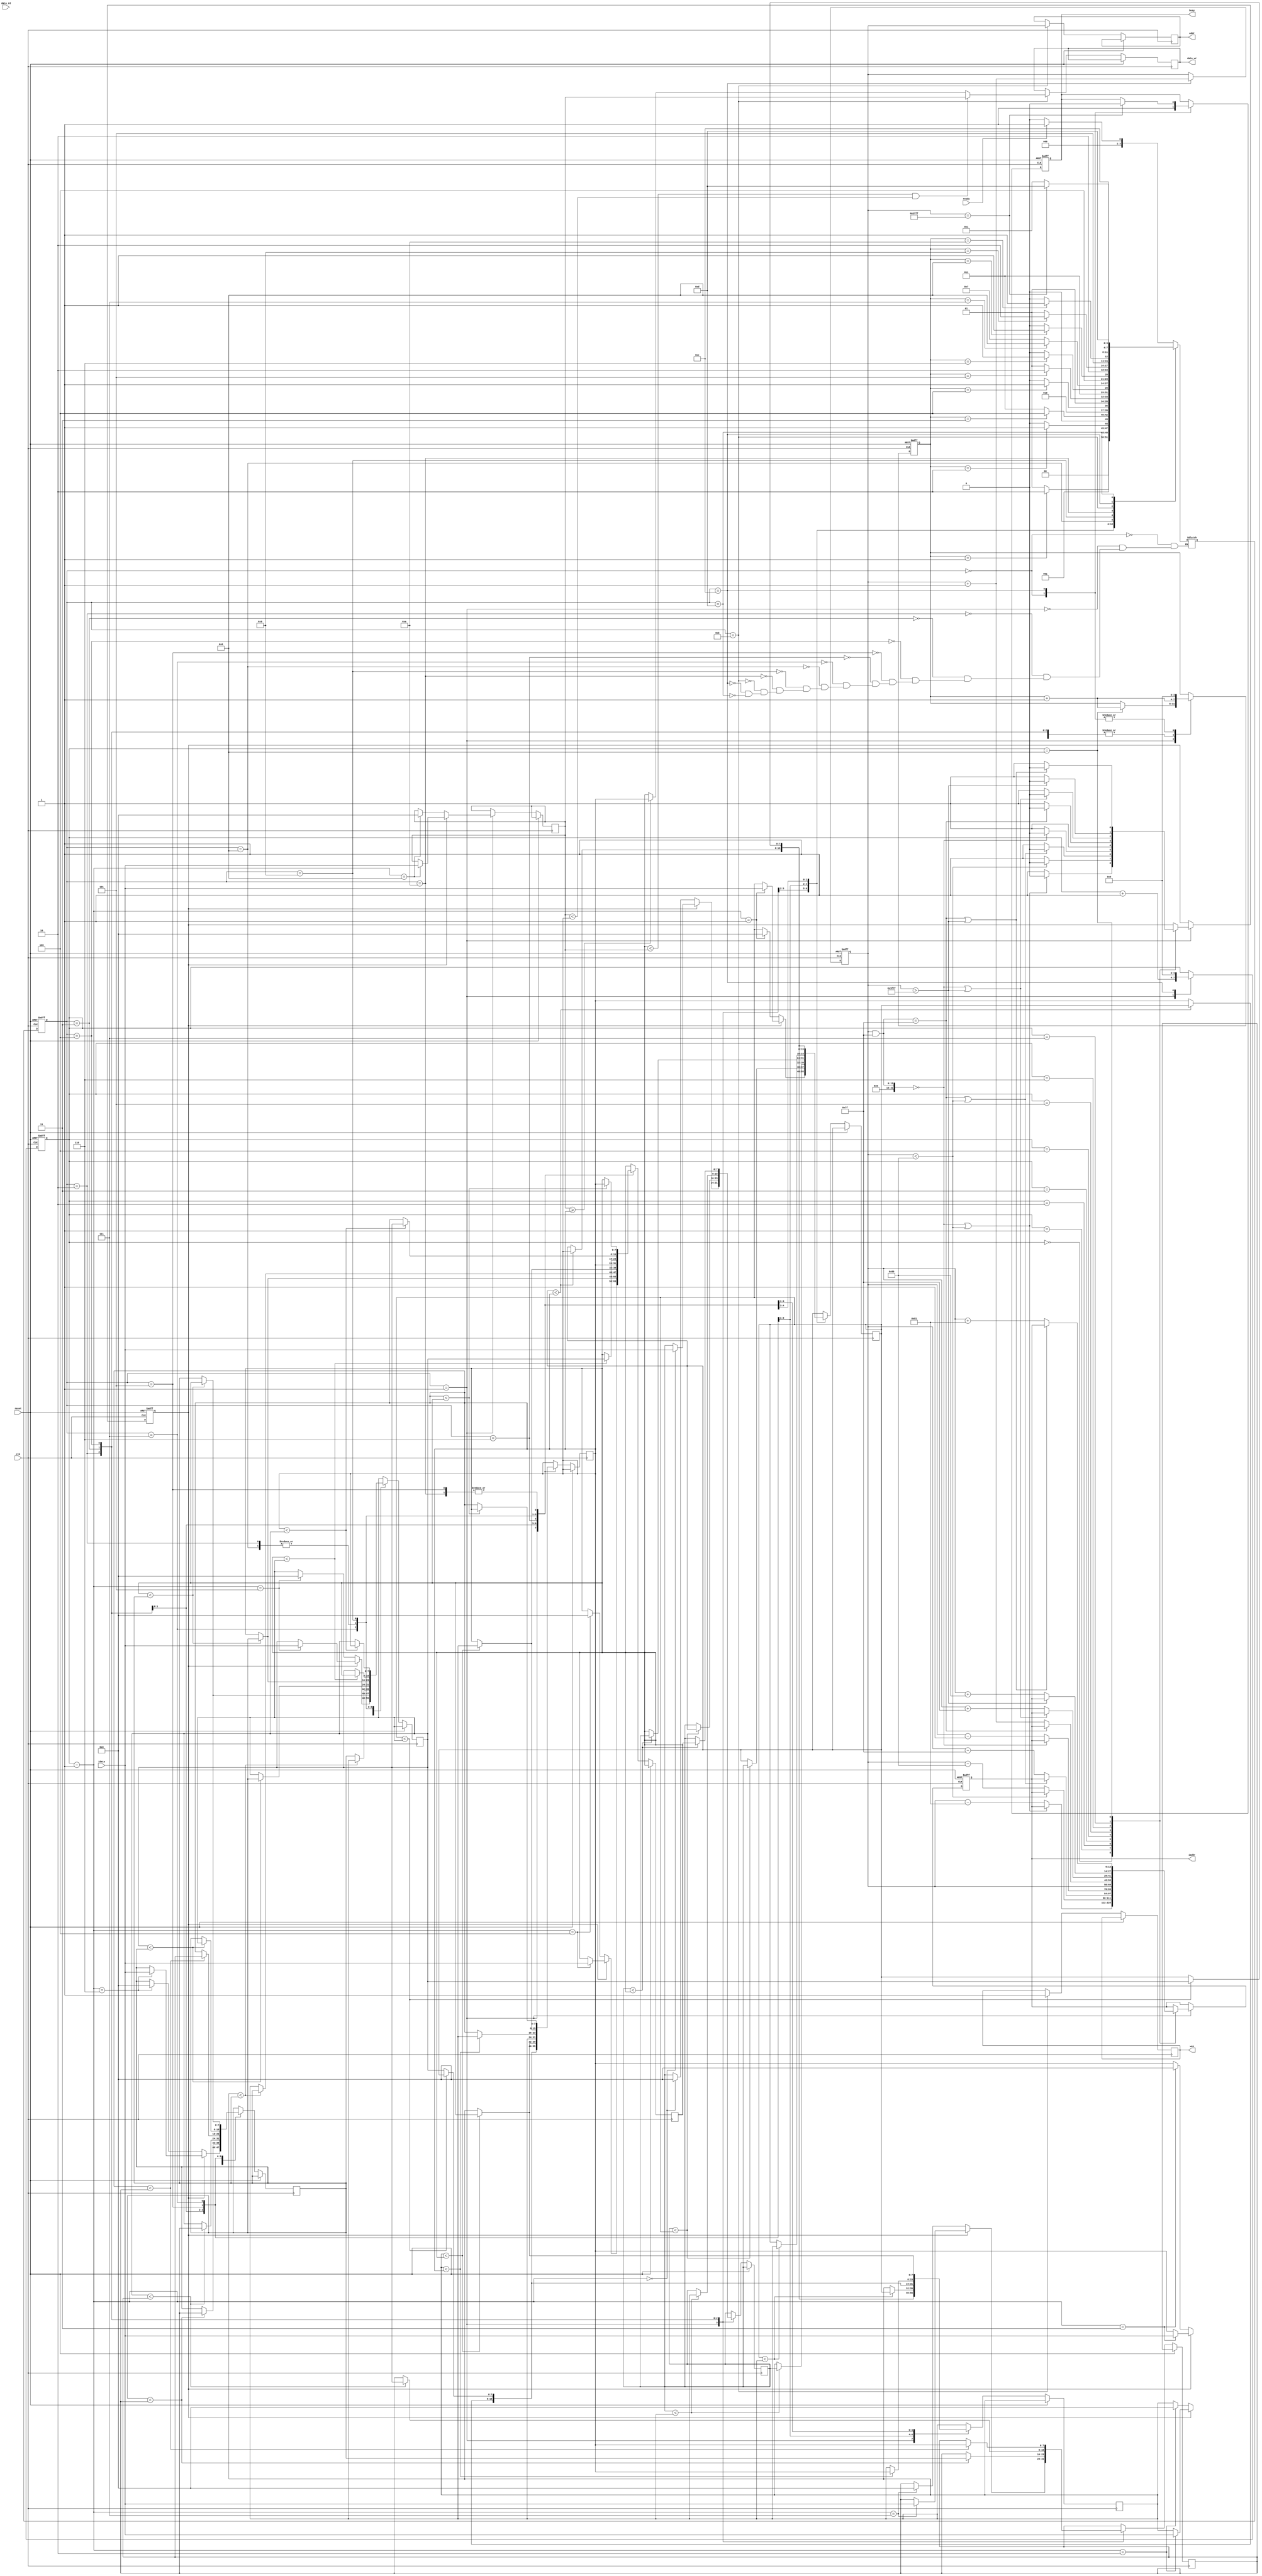
`timescale 1ns/10ps

module MFE(clk,reset,busy,ready,iaddr,idata,data_rd,data_wr,addr,wen);
	input				clk;
	input				reset;
	output				busy;	
	input				ready;
	output	[13:0]		iaddr;
	input	[7:0]		idata;	
	input	[7:0]		data_rd;
	output	[7:0]		data_wr;
	output	[13:0]		addr;
	output				wen;

	/* COM_REG_LOAD step FSM */
	parameter [3:0] IDLE			=	4'b0000,
					COM_REG_LOAD 	= 	4'b0001,
					COMPARE_1 		=   4'b0010,
					COMPARE_2		= 	4'b0011,
					COMPARE_3 		=   4'b0100,
					COMPARE_4 		= 	4'b0101,
					COMPARE_5 		= 	4'b0110,
					COMPARE_6 		= 	4'b0111,
					COMPARE_7 		=   4'b1000,
					COMPARE_8 		= 	4'b1001,
					COMPARE_9 		= 	4'b1010,
					OUTPUT 			= 	4'b1011,
					OUTPUT_OVER 	=   4'b1100,
					VALID 			= 	4'b1101;

	/* TB declared reg */
	reg 				busy;
	reg 	[13:0] 		iaddr;
	reg 	[7:0] 		data_wr;
	reg 	[13:0] 		addr;
	reg 				wen;
	/* Self declared reg */
	reg		[3:0]		current_state, next_state, state_counter;// Use to FSM
	reg 	[13:0]		counter; // Use to counter # of operation 
	reg 	[3:0] 		position_counter; // Use to count direction want to read 
	reg 				next_set; //Use to notify next clk should set value
	reg 	[7:0]		com_reg [8:0]; // Use to compare logic

	always@(*)begin
		case(current_state)
			IDLE:begin
				if(ready)
					next_state = COM_REG_LOAD;
				else 
					next_state = IDLE;
			end

			COM_REG_LOAD:
			begin
				if(state_counter == 1)
					next_state = COMPARE_1;
				else 
					next_state = COM_REG_LOAD;
			end
			
			COMPARE_1:
			begin
				if(state_counter == 2)
					next_state = COMPARE_2;
				else 
					next_state = COMPARE_1;
			end
			
			COMPARE_2:
			begin
				if(state_counter == 3)
					next_state = COMPARE_3;
				else 
					next_state = COMPARE_2;				
			end
			
			COMPARE_3:
			begin
				if(state_counter == 4)
					next_state = COMPARE_4;
				else 
					next_state = COMPARE_3;
			end
			
			COMPARE_4:
			begin
				if(state_counter == 5)
					next_state = COMPARE_5;
				else 
					next_state = COMPARE_4;
			end

			COMPARE_5:
			begin
				if(state_counter == 6)
					next_state = COMPARE_6;
				else 
					next_state = COMPARE_5;
			end
			
			COMPARE_6:
			begin
				if(state_counter == 7)
					next_state = COMPARE_7;
				else 
					next_state = COMPARE_6;
			end
			
			COMPARE_7:
			begin
				if(state_counter == 8)
					next_state = COMPARE_8;
				else 
					next_state = COMPARE_7;				
			end
			
			COMPARE_8:
			begin
				if(state_counter == 9)
					next_state = COMPARE_9;
				else 
					next_state = COMPARE_8;
			end

			COMPARE_9:
			begin
				if(state_counter == 10)
					next_state = OUTPUT;
				else 
					next_state = COMPARE_9;
			end
			
			OUTPUT: next_state = OUTPUT_OVER;

			OUTPUT_OVER:
			begin
				if(counter == 16383)
					next_state = VALID;
				else 
					next_state = COM_REG_LOAD;
			end

			VALID: next_state = VALID;

		endcase
	end

	always @(posedge clk or posedge reset) begin : state_machine
		if(reset) 
		begin
			 current_state <= IDLE;
			 state_counter <= 0;
			 counter <= 0;
			 busy <= 0;
			 iaddr <= 0;
			 next_set <= 0;
			 position_counter <= 0;
		end 
		else 
		begin
			 current_state <= next_state;

			 case(current_state)
			 	IDLE: 
			 	begin
			 		busy <= 1'b1;
			 		state_counter <= 0;
			 	end

				COM_REG_LOAD:
				begin
					if(next_set)
						com_reg[position_counter-1] <= idata;
					else
						com_reg[position_counter-1] <= 1'b0;

					case(position_counter)
						0:
						begin
							// Check 0 position's border
							if((counter&14'b00000001111111)==0 || (counter<128))
								next_set <= 1'b0;
							else
							begin
								iaddr <= counter-14'b00000010000001;	
								next_set <= 1'b1;
							end		
						end
				
						1:
						begin
							// Check 1 position's border
							if(counter<128)
								next_set <= 1'b0;
							else
							begin
								iaddr <= counter-14'b00000010000000;
								next_set <= 1'b1;
							end				
						end

						2:
						begin
							// Check 2 position's border
							if((counter&14'b00000001111111)==127 || (counter<128))
								next_set <= 1'b0;
							else 
							begin
								iaddr <= counter-14'b00000001111111;
								next_set <= 1'b1;
							end					
						end

						3:
						begin
							// Check 3 position's border
							if((counter&14'b00000001111111)==0)
								next_set <= 1'b0;
							else 
							begin
								iaddr <= counter-14'b00000000000001;
								next_set <= 1'b1;
							end						
						end

						4:
						begin
							iaddr <= counter;
							next_set <= 1'b1;
						end

						5: 
						begin
							// Check 5 position's border
							if((counter&14'b00000001111111)==127)
								next_set <= 1'b0;
							else
							begin
								iaddr <= counter+14'b00000000000001;
								next_set <= 1'b1;
							end							
						end

						6:
						begin
							// Check 6 position's border
							if((counter&14'b00000001111111)==0 || (counter>16255))
								next_set <= 1'b0;
							else
							begin
								iaddr <= counter+14'b00000001111111;
								next_set <= 1'b1;
							end							
						end
					
						7:
						begin
							// Check 7 position's border
							if(counter>16255)
								next_set <= 1'b0;
							else
							begin
								iaddr <= counter+14'b00000010000000;
								next_set <= 1'b1;
							end								
						end

						8:
						begin
							// Check 8 position's border
							if((counter&14'b00000001111111)==127 || (counter>16255))
								next_set <= 1'b0;
							else
							begin
								iaddr <= counter+14'b00000010000001;
								next_set <= 1'b1;
							end							
						end
					endcase
					
					position_counter <= position_counter + 1'b1;
					if(position_counter == 8)
						state_counter <= state_counter + 1'b1;
				end
				
				COMPARE_1:
				begin					
					// a0 vs a1
					if(com_reg[0]<com_reg[1])
					begin
						com_reg[0] <= com_reg[1];
						com_reg[1] <= com_reg[0];
					end
					else
					begin
						com_reg[0] <= com_reg[0];
						com_reg[1] <= com_reg[1];
					end

					// a2 vs a3
					if(com_reg[2]<com_reg[3])
					begin
						com_reg[2] <= com_reg[3];
						com_reg[3] <= com_reg[2];	
					end
					else
					begin
						com_reg[2] <= com_reg[2];
						com_reg[3] <= com_reg[3];
					end

					// a4 vs a5
					if(com_reg[4]<com_reg[5])
					begin
						com_reg[4] <= com_reg[5];
						com_reg[5] <= com_reg[4];	
					end
					else
					begin
						com_reg[4] <= com_reg[4];
						com_reg[5] <= com_reg[5];
					end	

					// a6 vs a7
					if(com_reg[6]<com_reg[7])
					begin
						com_reg[6] <= com_reg[7];
						com_reg[7] <= com_reg[6];	
					end
					else
					begin
						com_reg[6] <= com_reg[6];
						com_reg[7] <= com_reg[7];
					end

					state_counter <= state_counter + 1'b1;
				end
				
				COMPARE_2:
				begin
					// a0 vs a2
					if(com_reg[0]<com_reg[2])
					begin
						com_reg[0] <= com_reg[2];
						com_reg[1] <= com_reg[0];	
					end
					else
					begin
						com_reg[0] <= com_reg[0];
						com_reg[1] <= com_reg[2];
					end					

					// a2 vs a3
					if(com_reg[1]<com_reg[3])
					begin
						com_reg[2] <= com_reg[3];
						com_reg[3] <= com_reg[1];	
					end
					else
					begin
						com_reg[2] <= com_reg[1];
						com_reg[3] <= com_reg[3];
					end	

					// a4 vs a6
					if(com_reg[4]<com_reg[6])
					begin
						com_reg[4] <= com_reg[6];
						com_reg[5] <= com_reg[4];	
					end
					else
					begin
						com_reg[4] <= com_reg[4];
						com_reg[5] <= com_reg[6];
					end

					// a5 vs a7
					if(com_reg[5]<com_reg[7])
					begin
						com_reg[6] <= com_reg[7];
						com_reg[7] <= com_reg[5];	
					end
					else
					begin
						com_reg[6] <= com_reg[5];
						com_reg[7] <= com_reg[7];
					end

					state_counter <= state_counter + 1'b1;
				end
				
				COMPARE_3:
				begin
					// a0 vs a4
					if(com_reg[0]<com_reg[4])
					begin
						com_reg[0] <= com_reg[4];
						com_reg[1] <= com_reg[0];	
					end
					else
					begin
						com_reg[0] <= com_reg[0];
						com_reg[1] <= com_reg[4];
					end					

					// a1 vs a5
					if(com_reg[1]<com_reg[5])
					begin
						com_reg[2] <= com_reg[5];
						com_reg[3] <= com_reg[1];	
					end
					else
					begin
						com_reg[2] <= com_reg[1];
						com_reg[3] <= com_reg[5];
					end	

					// a2 vs a6
					if(com_reg[2]<com_reg[6])
					begin
						com_reg[4] <= com_reg[6];
						com_reg[5] <= com_reg[2];	
					end
					else
					begin
						com_reg[4] <= com_reg[2];
						com_reg[5] <= com_reg[6];
					end

					// a3 vs a7
					if(com_reg[3]<com_reg[7])
					begin
						com_reg[6] <= com_reg[7];
						com_reg[7] <= com_reg[3];	
					end
					else
					begin
						com_reg[6] <= com_reg[3];
						com_reg[7] <= com_reg[7];
					end

					state_counter <= state_counter + 1'b1;
				end
				
				COMPARE_4:
				begin
					com_reg[0] <= com_reg[0];
					com_reg[7] <= com_reg[7];

					// a1 vs a2
					if(com_reg[1]<com_reg[2])
					begin
						com_reg[1] <= com_reg[2];
						com_reg[2] <= com_reg[1];	
					end
					else
					begin
						com_reg[1] <= com_reg[1];
						com_reg[2] <= com_reg[2];
					end					

					// a3 vs a4
					if(com_reg[3]<com_reg[4])
					begin
						com_reg[3] <= com_reg[4];
						com_reg[4] <= com_reg[3];	
					end
					else
					begin
						com_reg[3] <= com_reg[3];
						com_reg[4] <= com_reg[4];
					end	

					// a5 vs a6
					if(com_reg[5]<com_reg[6])
					begin
						com_reg[5] <= com_reg[6];
						com_reg[6] <= com_reg[5];	
					end
					else
					begin
						com_reg[5] <= com_reg[5];
						com_reg[6] <= com_reg[6];
					end

					state_counter <= state_counter + 1'b1;
				end

				COMPARE_5:
				begin
					com_reg[0] <= com_reg[0];
					com_reg[5] <= com_reg[5];
					com_reg[6] <= com_reg[6];
					com_reg[7] <= com_reg[7];

					// a1 vs a3
					if(com_reg[1]<com_reg[3])
					begin
						com_reg[1] <= com_reg[3];
						com_reg[2] <= com_reg[1];	
					end
					else
					begin
						com_reg[1] <= com_reg[1];
						com_reg[2] <= com_reg[3];
					end

					// a2 vs a4
					if(com_reg[2]<com_reg[4])
					begin
						com_reg[3] <= com_reg[4];
						com_reg[4] <= com_reg[2];	
					end
					else
					begin
						com_reg[3] <= com_reg[2];
						com_reg[4] <= com_reg[4];
					end

					state_counter <= state_counter + 1'b1;
				end
				
				COMPARE_6:
				begin
					com_reg[0] <= com_reg[0];
					com_reg[3] <= com_reg[2];
					com_reg[4] <= com_reg[3];
					com_reg[7] <= com_reg[7];

					// a1 vs a5
					if(com_reg[1]<com_reg[5])
					begin
						com_reg[1] <= com_reg[5];
						com_reg[2] <= com_reg[1];	
					end
					else
					begin
						com_reg[1] <= com_reg[1];
						com_reg[2] <= com_reg[5];
					end

					// a4 vs a6
					if(com_reg[4]<com_reg[6])
					begin
						com_reg[5] <= com_reg[6];
						com_reg[6] <= com_reg[4];	
					end
					else
					begin
						com_reg[5] <= com_reg[4];
						com_reg[6] <= com_reg[6];
					end
					state_counter <= state_counter + 1'b1;				
				end
				
				COMPARE_7:
				begin
					com_reg[0] <= com_reg[0];
					com_reg[1] <= com_reg[1];
					com_reg[6] <= com_reg[6];
					com_reg[7] <= com_reg[7];

					// a2 vs a3
					if(com_reg[2]<com_reg[3])
					begin
						com_reg[2] <= com_reg[3];
						com_reg[3] <= com_reg[2];	
					end
					else
					begin
						com_reg[2] <= com_reg[2];
						com_reg[3] <= com_reg[3];
					end

					// a4 vs a5
					if(com_reg[4]<com_reg[5])
					begin
						com_reg[4] <= com_reg[5];
						com_reg[5] <= com_reg[4];	
					end
					else
					begin
						com_reg[4] <= com_reg[4];
						com_reg[5] <= com_reg[5];
					end

					state_counter <= state_counter + 1'b1;		
				end

				COMPARE_8:
				begin
					com_reg[0] <= com_reg[0];
					com_reg[1] <= com_reg[1];
					com_reg[6] <= com_reg[6];
					com_reg[7] <= com_reg[7];

					// a2 vs a4
					if(com_reg[2]<com_reg[4])
					begin
						com_reg[2] <= com_reg[4];
						com_reg[3] <= com_reg[2];	
					end
					else
					begin
						com_reg[2] <= com_reg[2];
						com_reg[3] <= com_reg[4];
					end

					// a3 vs a5
					if(com_reg[3]<com_reg[5])
					begin
						com_reg[4] <= com_reg[5];
						com_reg[5] <= com_reg[3];	
					end
					else
					begin
						com_reg[4] <= com_reg[3];
						com_reg[5] <= com_reg[5];
					end

					state_counter <= state_counter + 1'b1;						
				end

				COMPARE_9:
				begin
					com_reg[0] <= com_reg[0];
					com_reg[1] <= com_reg[1];
					com_reg[2] <= com_reg[2];
					com_reg[5] <= com_reg[5];
					com_reg[6] <= com_reg[6];
					com_reg[7] <= com_reg[7];

					// a3 vs a4
					if(com_reg[3]<com_reg[4])
					begin
						com_reg[3] <= com_reg[4];
						com_reg[4] <= com_reg[3];	
					end
					else
					begin
						com_reg[3] <= com_reg[3];
						com_reg[4] <= com_reg[4];
					end

					state_counter <= state_counter + 1'b1;		
				end

				OUTPUT:
				begin	
					if((com_reg[4] < com_reg[8]) && (com_reg[8] < com_reg[3]))
						data_wr <= com_reg[8];
					else if(com_reg[8] >= com_reg[3])
						data_wr <= com_reg[3];
					else
						data_wr <= com_reg[4];
					wen <= 1'b1;
					addr <= counter;
				end

				OUTPUT_OVER:
				begin
					counter <= counter + 1'b1;
					position_counter <= 0;
					state_counter <= 1'b0;
					if(counter == 16383)
						busy <= 0;
				end
				
			 endcase // current_state
		end
	end

endmodule